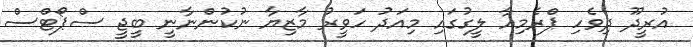
އުރީދޫ ދިވެހި ޕްރެމިއާ ލީގުގައި މިއަދު ހަވީރު މާޒިޔާ ނުކުންނާނީ ބީޖީ ސްޕޯޓްސް